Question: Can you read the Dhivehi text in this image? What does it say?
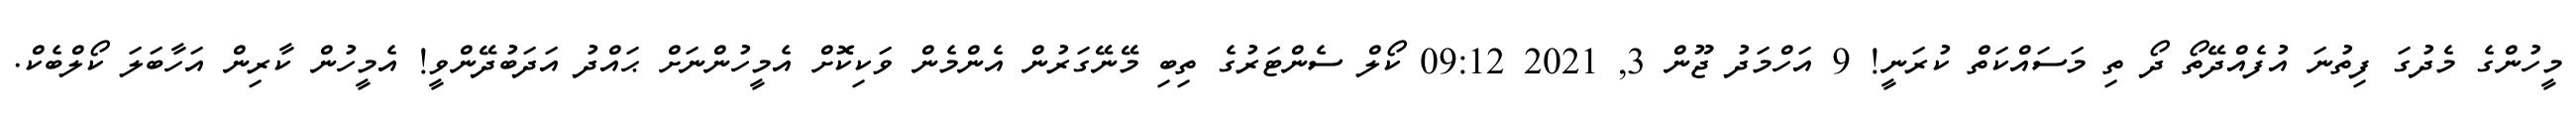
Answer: މީހުންގެ މެދުގަ ފިތުނަ އުފެއްދޭތޯ ދޯ ތި މަސައްކަތް ކުރަނީ! 9 އަހްމަދު ޖޫން 3, 2021 09:12 ކޯލް ސެންޓަރުގެ ތިބި މޭނޭގަރުން އެންމެން ވަކިކޮށް އެމީހުންނަށް ޙައްދު އަދަބުދޭންވީ! އެމީހުން ކާރިން އަހާބަލަ ކޯލްބެކް.